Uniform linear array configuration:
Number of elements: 12
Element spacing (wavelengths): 0.5
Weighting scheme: exponential
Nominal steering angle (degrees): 30
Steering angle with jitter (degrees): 28.447
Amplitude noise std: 0.05
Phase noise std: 0.05

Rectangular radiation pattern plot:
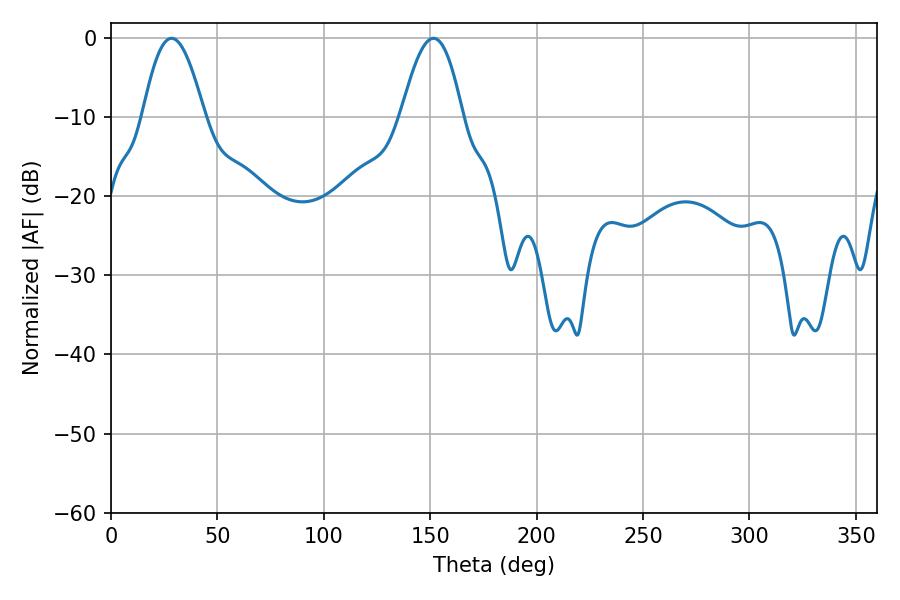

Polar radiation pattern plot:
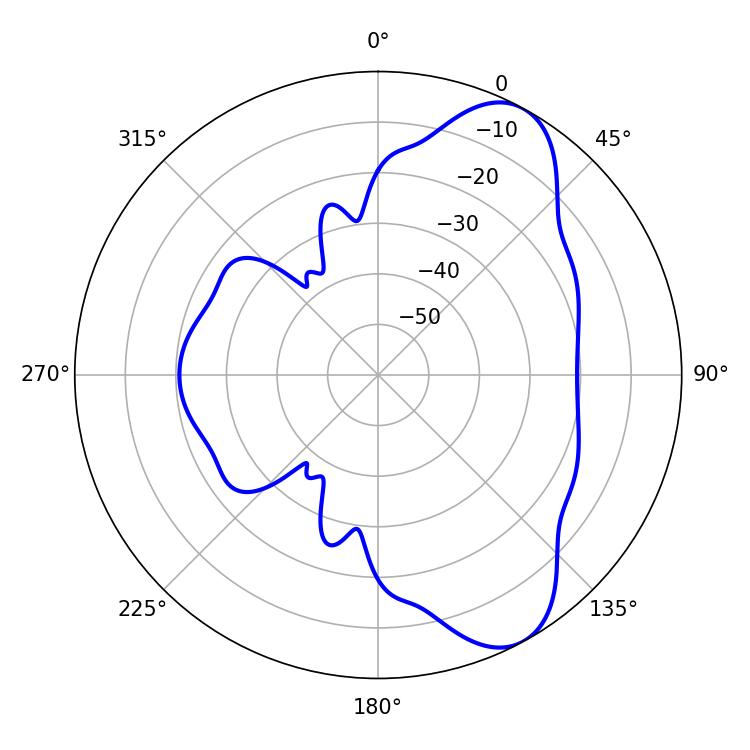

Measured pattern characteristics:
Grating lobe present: FALSE
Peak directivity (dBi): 8.115
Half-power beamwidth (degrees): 15.66
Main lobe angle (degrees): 28.44